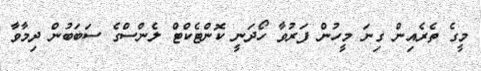
މީގެ ތެރެއިން ގިނަ މީހުން ފަރުވާ ހޯދަނީ ކޮންޓެކްޓް ލެންސްގެ ސަބަބުން ދިމާވާ